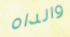
والداه